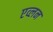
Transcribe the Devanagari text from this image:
एव्लन